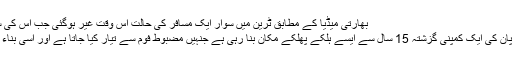
بھارتی میڈیا کے مطابق ٹرین میں سوار ایک مسافر کی حالت اس وقت غیر ہوگئی جب اس کی سبزی بریانی میں سے مزید پڑھیں
ٹوکیو:(آن لائن نیوزا ردو پاور) جاپان کی ایک کمپنی گزشتہ 15 سال سے ایسے ہلکے پھلکے مکان بنا رہی ہے جنہیں مضبوط فوم سے تیار کیا جاتا ہے اور اسی بناء پر یہ زلزلے سے محفوظ بھی ہیں۔